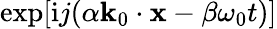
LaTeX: \exp[\mathrm{i}j(\alpha\mathbf{k}_{0}\cdot\mathbf{x}-\beta\omega_{0}t)]